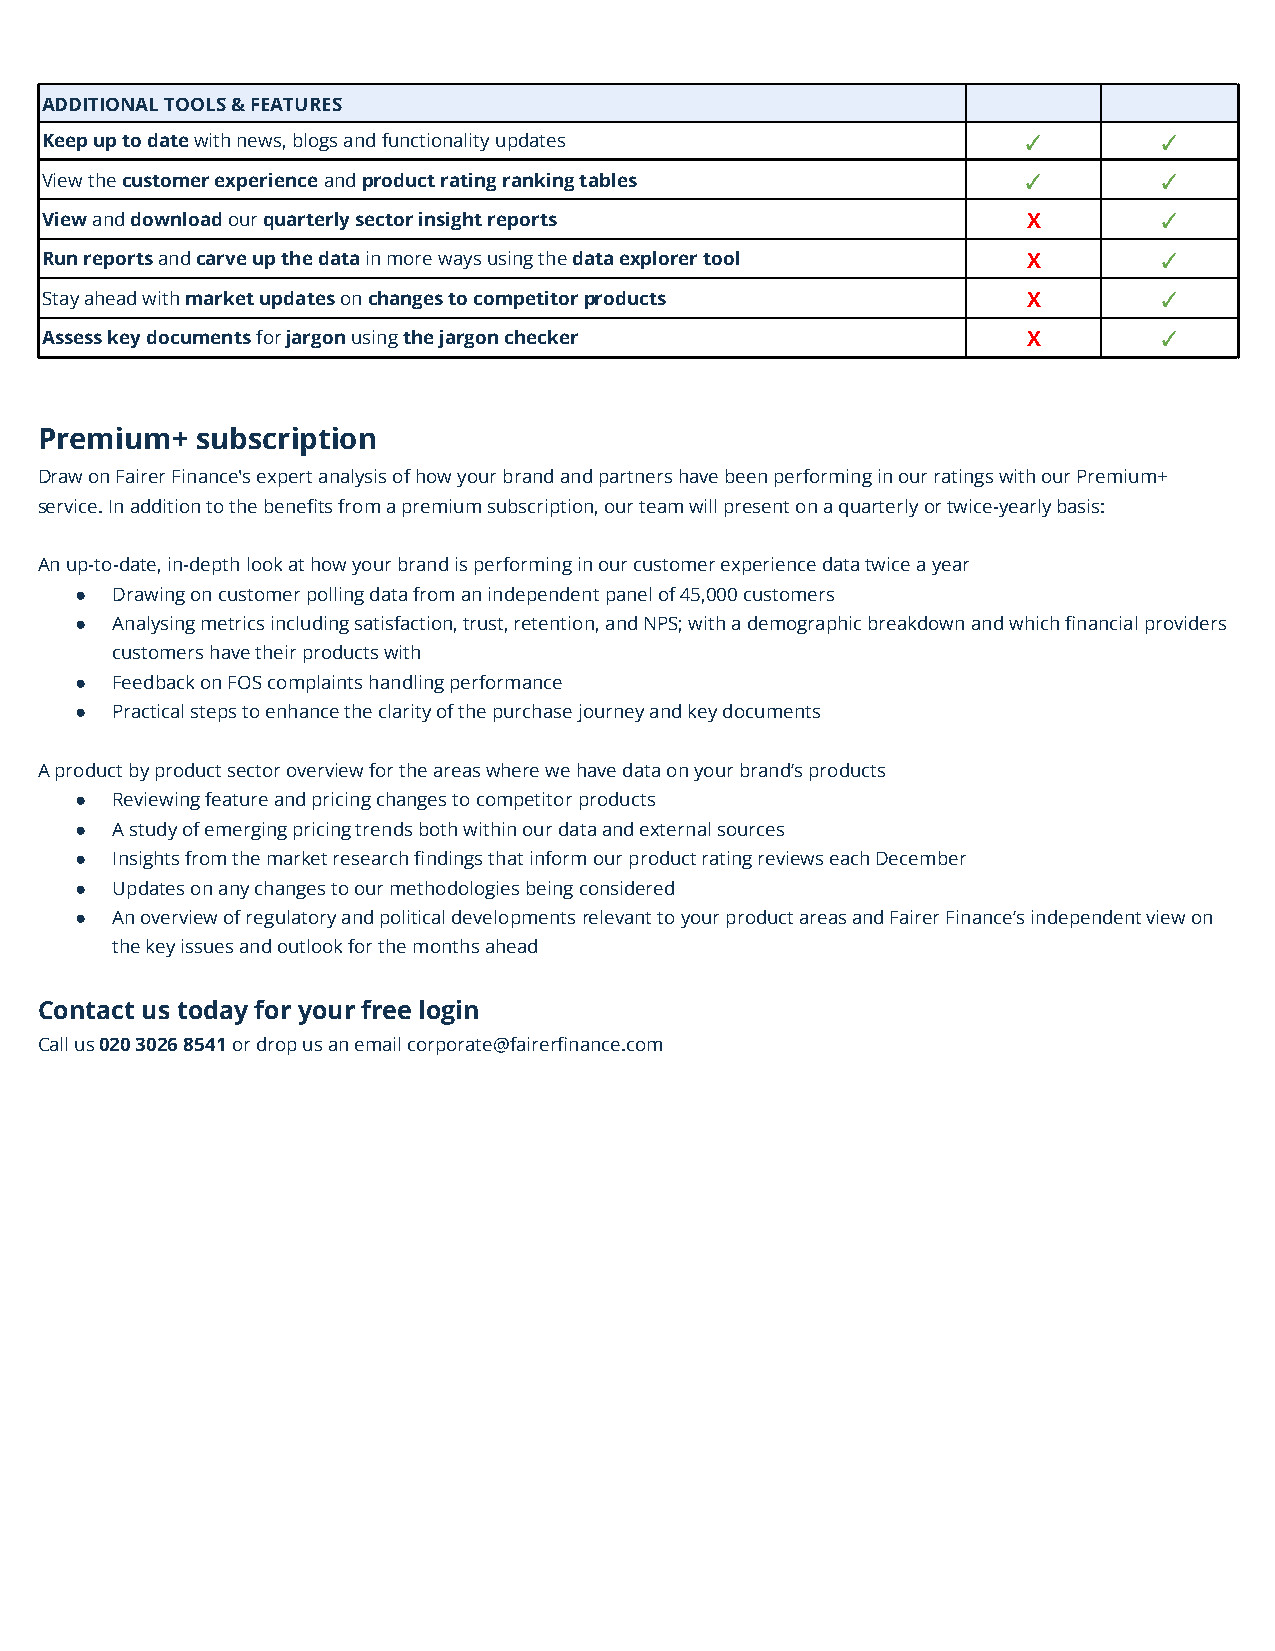
ADDITIONAL TOOLS & FEATURES
 Keep up to datewith news, blogs and functionalityupdates         ✓        ✓
 View thecustomer experienceandproduct rating rankingtables       ✓        ✓
 Viewanddownloadourquarterly sector insight reports               X        ✓
 Run reportsandcarve up the datain more waysusingthedata explorer tool X   ✓
 Stay ahead withmarket updatesonchanges to competitorproducts     X        ✓
 Assess key documentsforjargonusingthe jargon checker             X        ✓
 Premium+   subscription
 Draw on Fairer Finance's expert analysis of how yourbrand and partners have been performing in our ratingswith our Premium+
 service. In addition to the benefits from a premiumsubscription, our team will present on a quarterlyor twice-yearly basis:
 An up-to-date, in-depth look at how your brand isperforming in our customer experience data twice ayear
 ● Drawing on customer polling data from an independentpanel of 45,000 customers
 ● Analysing metrics including satisfaction, trust, retention,and NPS; with a demographic breakdown and which financialproviders
 customers have their products with
 ● Feedback on FOS complaints handling performance
 ● Practical steps to enhance the clarity of the purchasejourney and key documents
 A product by product sector overview for the areaswhere we have data on your brand’s products
 ● Reviewing feature and pricing changes to competitorproducts
 ● A study of emerging pricing trends both within ourdata and external sources
 ● Insights from the market research findings that informour product rating reviews each December
 ● Updates on any changes to our methodologies beingconsidered
 ● An overview of regulatory and political developmentsrelevant to your product areas and Fairer Finance’sindependent view on
 the key issues and outlook for the months ahead
 Contact us today for your free login
 Call us020 3026 8541or drop us an email corporate@fairerfinance.com